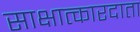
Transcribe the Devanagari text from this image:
साक्षात्कारदाता